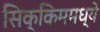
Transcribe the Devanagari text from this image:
सिक्किममध्ये